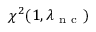
\chi ^ { 2 } ( 1 , \lambda _ { \mathrm { ~ n ~ c ~ } } )